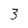
Character: 3